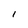
Character: l